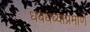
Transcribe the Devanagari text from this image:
धबधब्याप्रमाणे